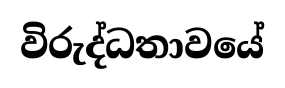
විරුද්ධතාවයේ